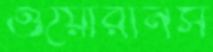
ওয়োরানস